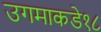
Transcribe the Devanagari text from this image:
उगमाकडे१८